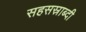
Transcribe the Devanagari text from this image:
सहसस्राब्दी